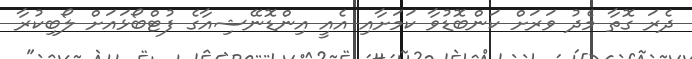
ދެރަ ގޮތާ މެދު ވަރަށް ކަންބޮޑުވާ ކަމަށާއި އެއީ އިންޑޮނޭޝިއާގެ ފުޓްބޯޅައަށް ލޯބިކުރާ